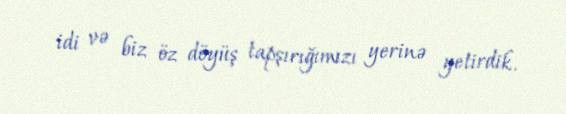
idi və biz öz döyüş tapşırığımızı yerinə yetirdik.